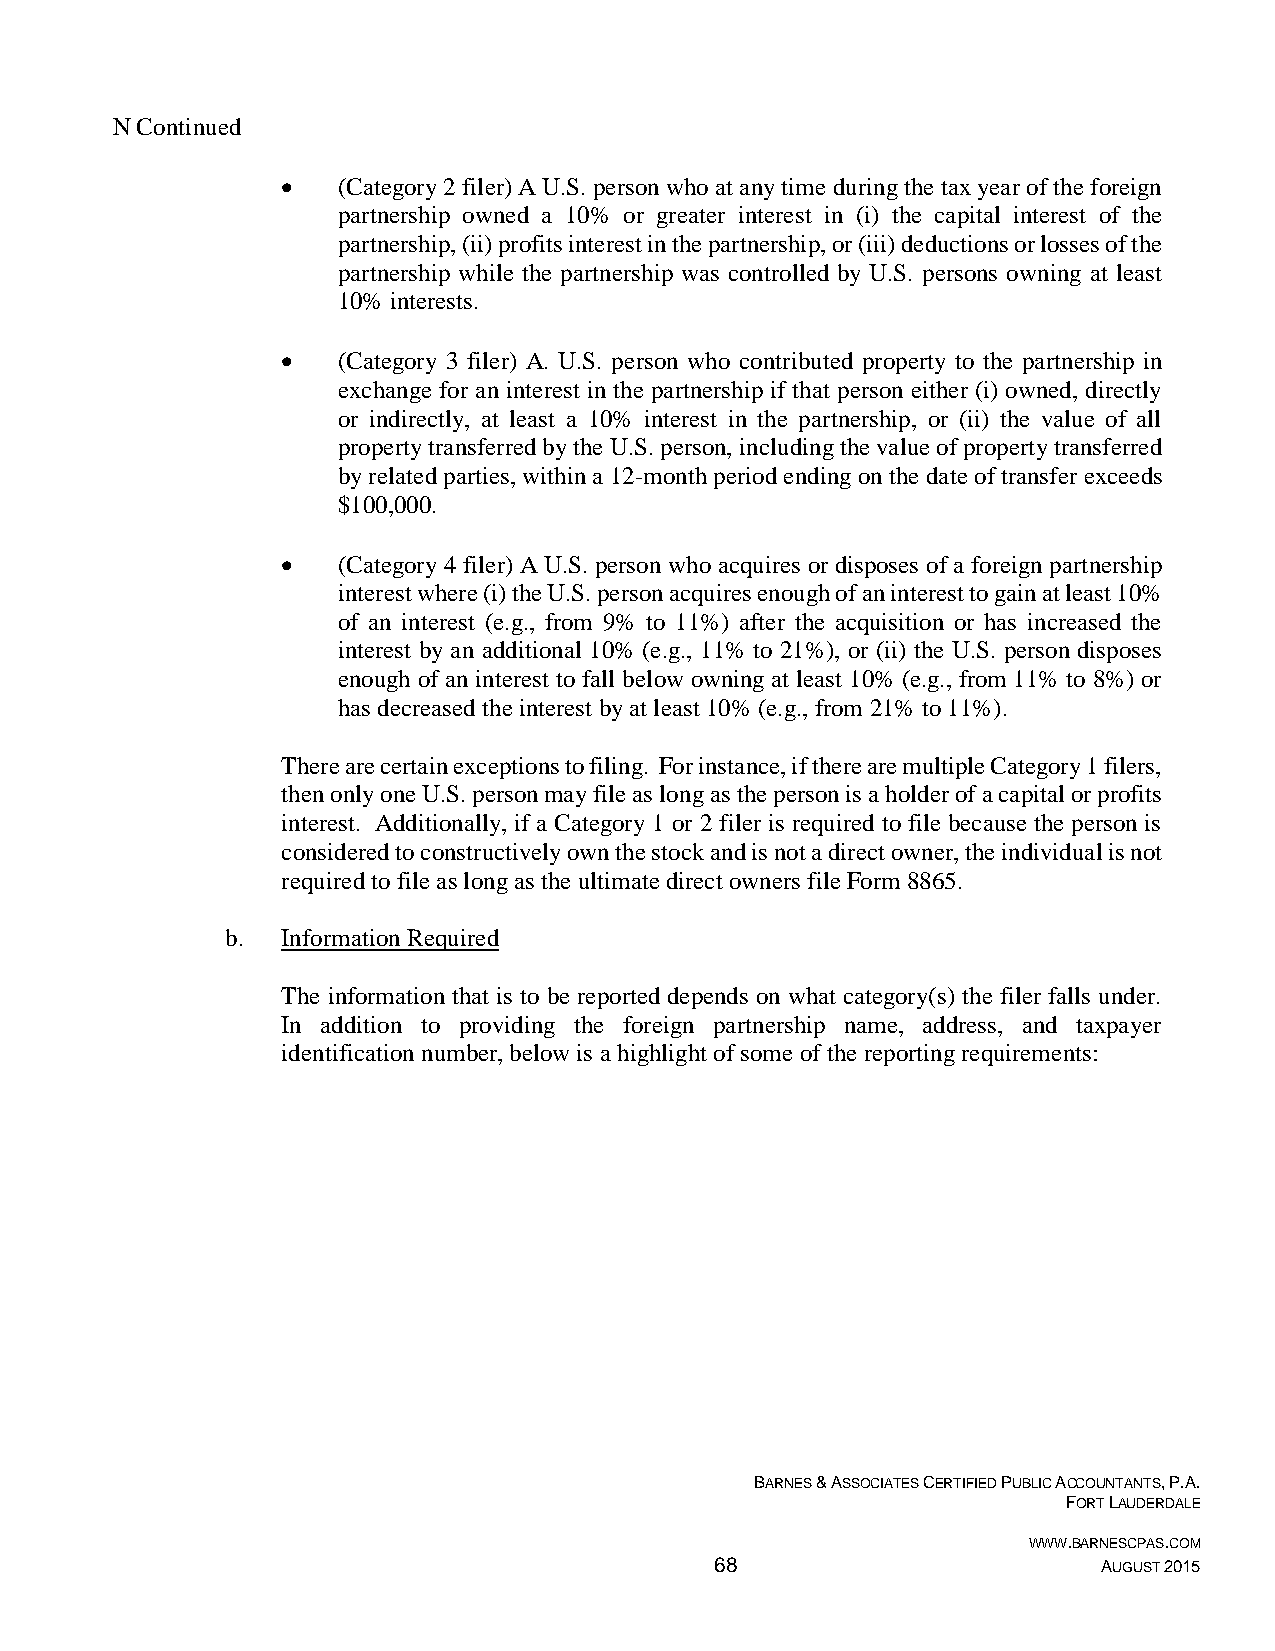
N Continued
   (Category 2 filer) A U.S. person who at any time during the tax year of the foreign
 partnership owned a 10% or greater interest in (i) the capital interest of the
 partnership, (ii) profits interest in the partnership, or (iii) deductions or losses of the
 partnership while the partnership was controlled by U.S. persons owning at least
 10% interests.
   (Category 3 filer) A. U.S. person who contributed property to the partnership in
 exchange for an interest in the partnership if that person either (i) owned, directly
 or indirectly, at least a 10% interest in the partnership, or (ii) the value of all
 property transferred by the U.S. person, including the value of property transferred
 by related parties, within a 12-month period ending on the date of transfer exceeds
 $100,000.
   (Category 4 filer) A U.S. person who acquires or disposes of a foreign partnership
 interest where (i) the U.S. person acquires enough of an interest to gain at least 10%
 of an interest (e.g., from 9% to 11%) after the acquisition or has increased the
 interest by an additional 10% (e.g., 11% to 21%), or (ii) the U.S. person disposes
 enough of an interest to fall below owning at least 10% (e.g., from 11% to 8%) or
 has decreased the interest by at least 10% (e.g., from 21% to 11%).
 There are certain exceptions to filing. For instance, if there are multiple Category 1 filers,
 then only one U.S. person may file as long as the person is a holder of a capital or profits
 interest. Additionally, if a Category 1 or 2 filer is required to file because the person is
 considered to constructively own the stock and is not a direct owner, the individual is not
 required to file as long as the ultimate direct owners file Form 8865.
 b.  Information Required
 The information that is to be reported depends on what category(s) the filer falls under.
 In addition to providing the foreign partnership name, address, and taxpayer
 identification number, below is a highlight of some of the reporting requirements:
 BARNES & ASSOCIATES CERTIFIED PUBLIC ACCOUNTANTS, P.A.
 FORT LAUDERDALE
 WWW.BARNESCPAS.COM
 68                        AUGUST 2015